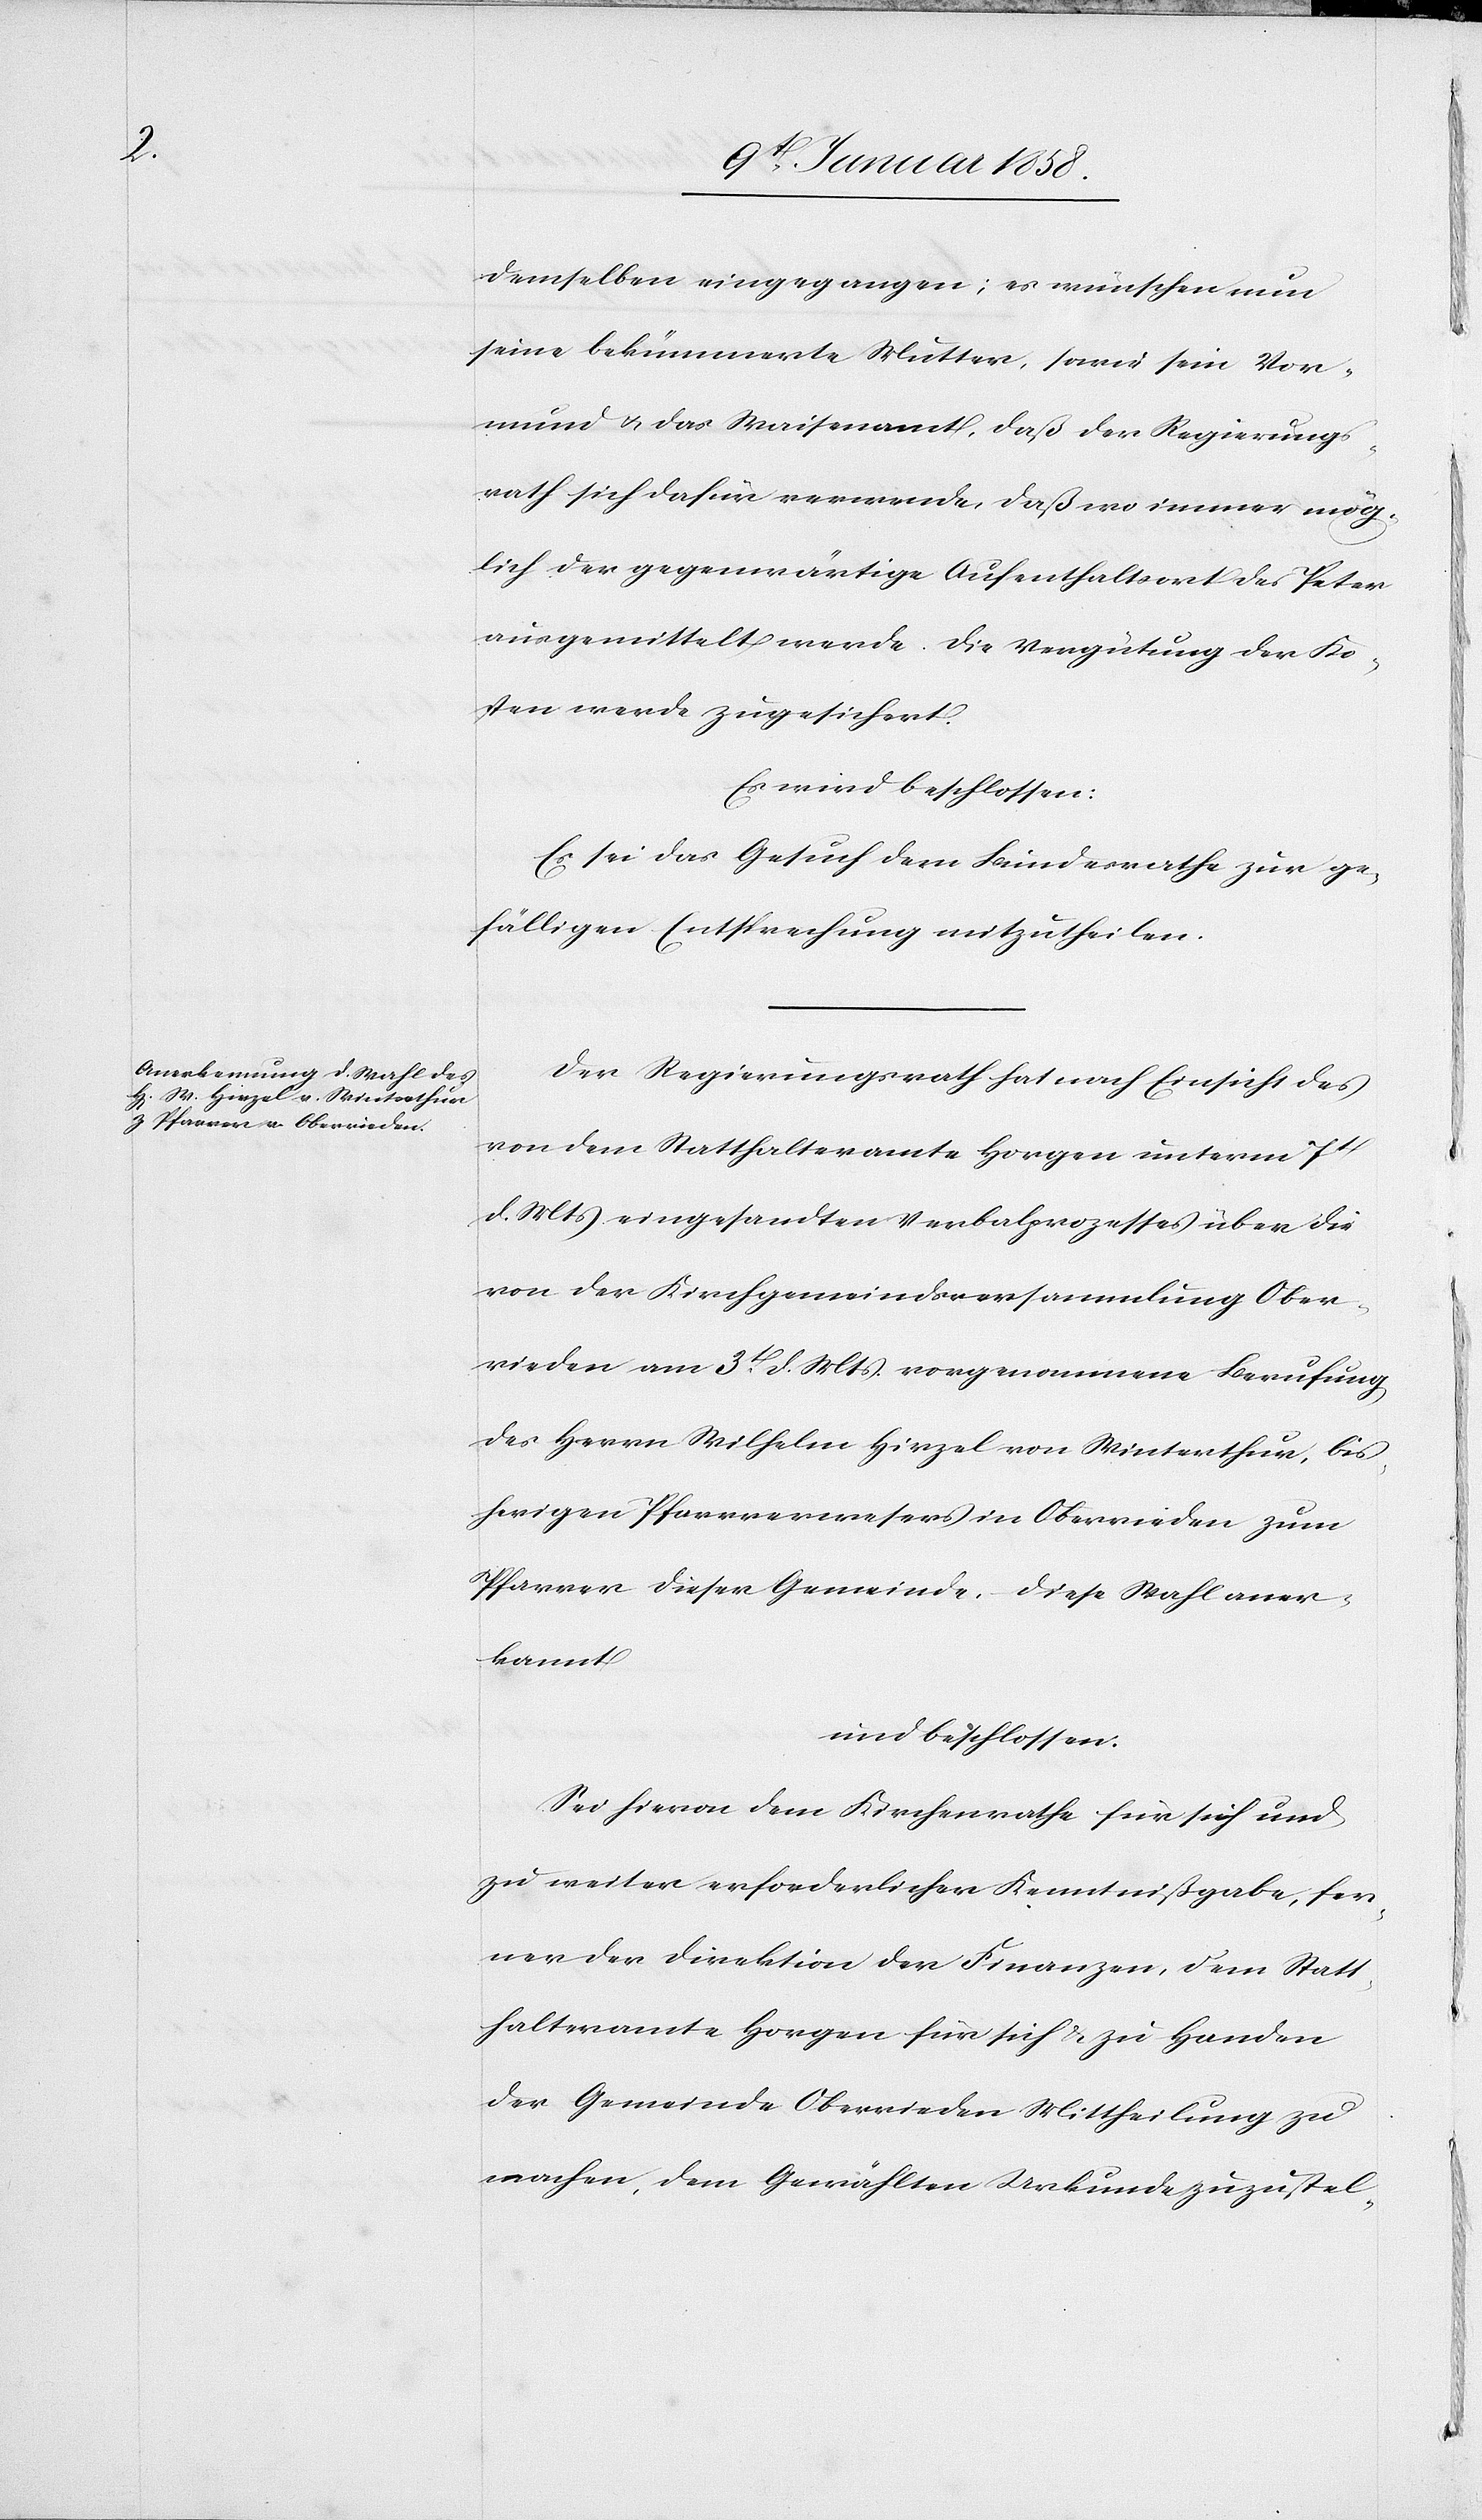
demselben eingegangen; es wünsche nun
seine bekümmerte Mutter, sowie sein Vor¬
mund u. das Waisenamt, daß der Regierungs¬
rath sich dafür verwende, daß wo immer mög¬
lich der gegenwärtige Aufenthaltsort des Peter
ausgemittelt werde. Die Vergütung der Ko¬
sten werde zugesichert.
Es wird beschlossen:
Es sei das Gesuch dem Bundesrathe zur ge¬
fälligen Entsprechung mitzutheilen.
Der Regierungsrath hat nach Einsicht des
von dem Statthalteramte Horgen unterm 7t d.
Mts eingesandten Verbalprozesses über die
von der Kirchgemeindsversammlung Ober¬
rieden am 3t. d. Mts. vorgenommene Berufung
des Herrn Wilhelm Hirzel von Winterthur, bis¬
herigen Pfarrverwesers in Oberrieden zum
Pfarrer dieser Gemeinde. Diese Wahl aner¬
kannt
und beschlossen:
Sei hievon dem Kirchenrathe für sich und
zu weiter erforderlicher Kenntnißgabe, fer¬
ner der Direktion der Finanzen, dem Statt¬
halteramte Horgen für sich u. zu Handen
der Gemeinde Oberrieden Mittheilung zu
machen, dem Gewählten Urkunde zuzustel-